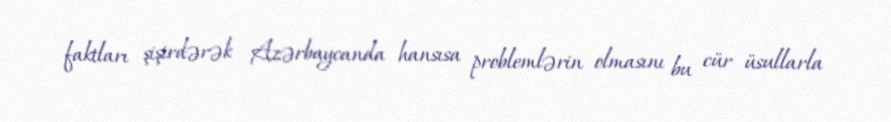
faktları şişirdərək Azərbaycanda hansısa problemlərin olmasını bu cür üsullarla